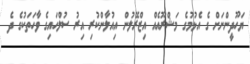
ޔަހޫދީންނަށް ގެ އެޅުމުގެ މަޝްރޫއެއް އިޒްރޭލުން އިއުލާންކުރި އިރު ސުލްހައިގެ ވާހަތަކުގެ ދެ